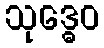
သုဒ္ဓေဝ